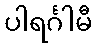
ပါရင်္ဂါမီ